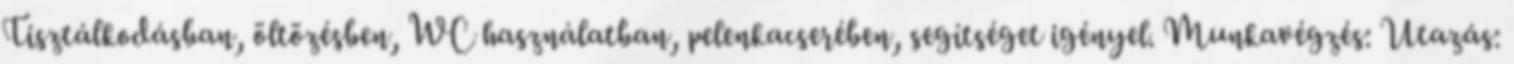
Tisztálkodásban, öltözésben, WC használatban, pelenkacserében, segítséget igényel. Munkavégzés: Utazás: